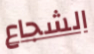
الشجاع